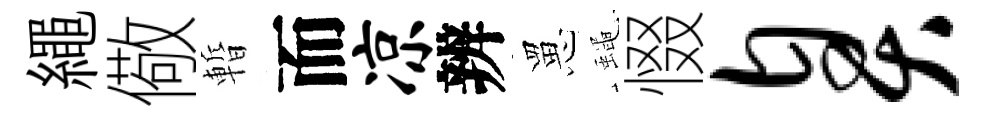
繩儆暫而凉辨罳蠅惙臭